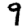
Digit: 9